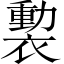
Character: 𧜻